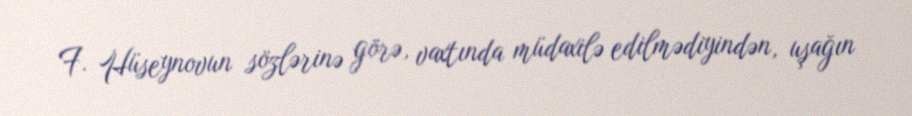
F. Hüseynovun sözlərinə görə, vaxtında müdaxilə edilmədiyindən, uşağın